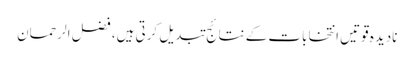
نادیدہ قوتیں انتخابات کے نتائج تبدیل کرتی ہیں، فضل الرحمان